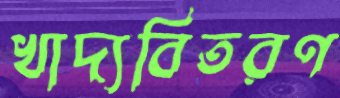
খাদ্যবিতরণ